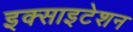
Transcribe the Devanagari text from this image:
इक्साइटेशन